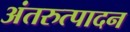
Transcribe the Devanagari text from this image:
अंतरुत्पादन